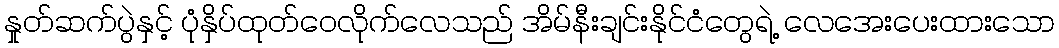
နှုတ်ဆက်ပွဲနှင့် ပုံနှိပ်ထုတ်ဝေလိုက်လေသည် အိမ်နီးချင်းနိုင်ငံတွေရဲ့ လေအေးပေးထားသော